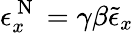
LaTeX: \epsilon_{x}^{\mathrm{~N~}}=\gamma\beta\tilde{\epsilon}_{x}